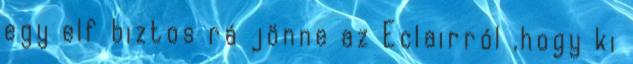
egy elf biztos rá jönne az Eclairról ,hogy ki